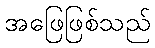
အဖြေဖြစ်သည်